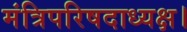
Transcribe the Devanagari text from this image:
मंत्रिपरिषदाध्यक्ष।